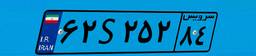
۵۱S۳۴۹۷۱